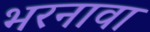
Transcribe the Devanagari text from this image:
भरनावा